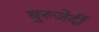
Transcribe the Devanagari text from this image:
बुरुजेर्दी